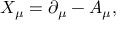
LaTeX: X _ { \mu } = \partial _ { \mu } - A _ { \mu } ,